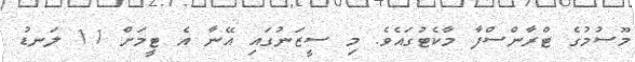
މޫސުމުގެ ޓްރާންސްފާ މާކެޓުގައެވެ. މި ސީޒަނުގައި އޭނާ އެ ޓީމަށް 11 ލަނޑު